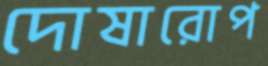
দোষারোপ